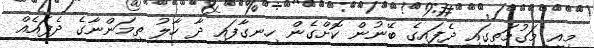
މިއީ މަގުމަތީގައި ދެފައިގެ ބޭނުން ކޮށްގެން ހިނގާފައި ދާ ހާލު ތިމަންނާގެ ދެފައެއް